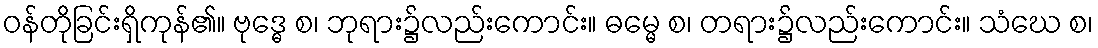
ဝန်တိုခြင်းရှိကုန်၏။ ဗုဒ္ဓေ စ၊ ဘုရား၌လည်းကောင်း။ ဓမ္မေ စ၊ တရား၌လည်းကောင်း။ သံဃေ စ၊